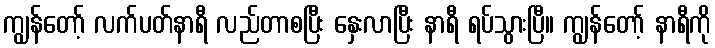
ကျွန်တော့် လက်ပတ်နာရီ လည်တာစပြီး နှေးလာပြီး နာရီ ရပ်သွားပြီ။ ကျွန်တော့် နာရီကို